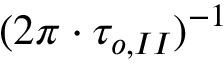
( 2 \pi \cdot \tau _ { o , I I } ) ^ { - 1 }